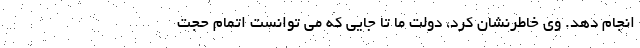
انجام دهد. وی خاطرنشان کرد، دولت ما تا جایی که می توانست اتمام حجت